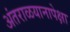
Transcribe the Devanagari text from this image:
अंतराळयानापेक्षा